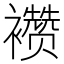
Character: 𬡷